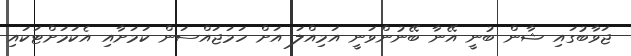
ޖަވާބުގައި ޝާން ބުނީ އޭނާ ބޭނުންވަނީ އަމިއްލަ އަށް ހަމަޖައްސަން ކަމަށާއި އެކަމަށްޓަކައި